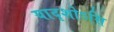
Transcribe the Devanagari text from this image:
यादृशोऽसि